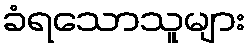
ခံရသောသူများ